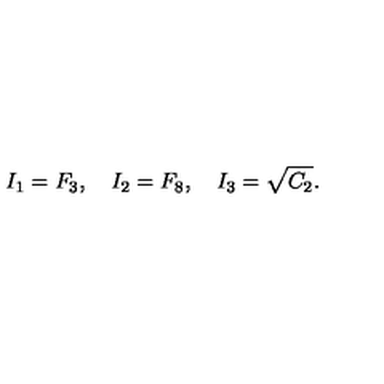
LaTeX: I _ { 1 } = F _ { 3 } , \quad I _ { 2 } = F _ { 8 } , \quad I _ { 3 } = \sqrt { C _ { 2 } } .